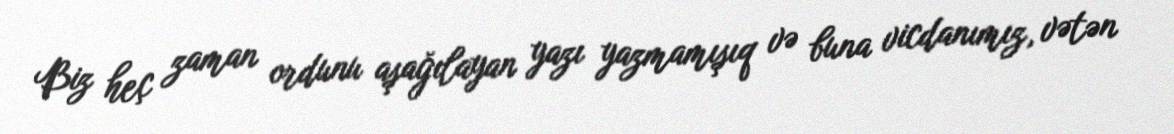
Biz heç zaman ordunu aşağılayan yazı yazmamışıq və buna vicdanımız, vətən